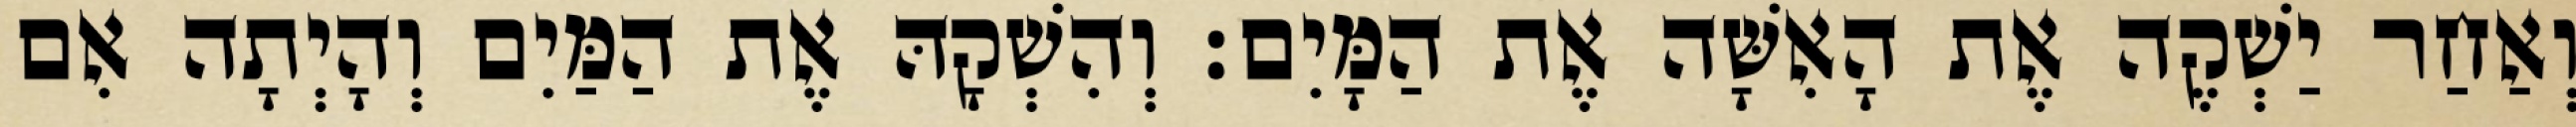
וְאַחַר יַשְׁקֶה אֶת הָאִשָּׁה אֶת הַמָּיִם׃ וְהִשְׁקָהּ אֶת הַמַּיִם וְהָיְתָה אִם